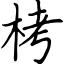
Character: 栲